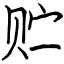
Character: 贮